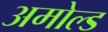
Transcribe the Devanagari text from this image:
अमोल्ड